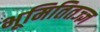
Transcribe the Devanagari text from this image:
भूमितितज्ज्ञ